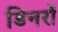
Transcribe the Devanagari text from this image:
डिनरों